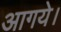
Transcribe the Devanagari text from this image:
आगये।